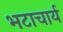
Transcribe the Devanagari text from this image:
भटाचार्य